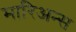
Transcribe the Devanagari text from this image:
मारिअन्स